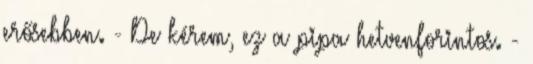
erősebben. - De kérem, ez a pipa hetvenforintos. -